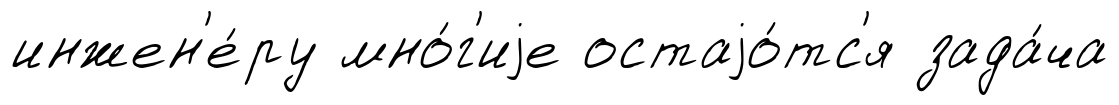
инжен'е́ру мно́г'иjе остаjо́тс'я зада́ча